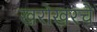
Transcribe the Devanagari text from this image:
खरोखरचे